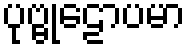
ပုဗ္ဗုဠောပမာ